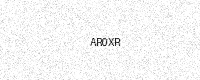
Text: AR0XR